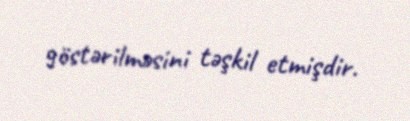
göstərilməsini təşkil etmişdir.